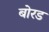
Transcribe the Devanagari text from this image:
बोरड